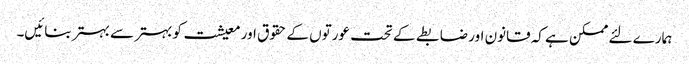
ہمارے لئے ممکن ہے کہ قانون اور ضابطے کے تحت عورتوں کے حقوق اور معیشت کو بہتر سے بہتر بنائیں۔